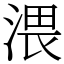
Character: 渨